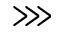
\ggg